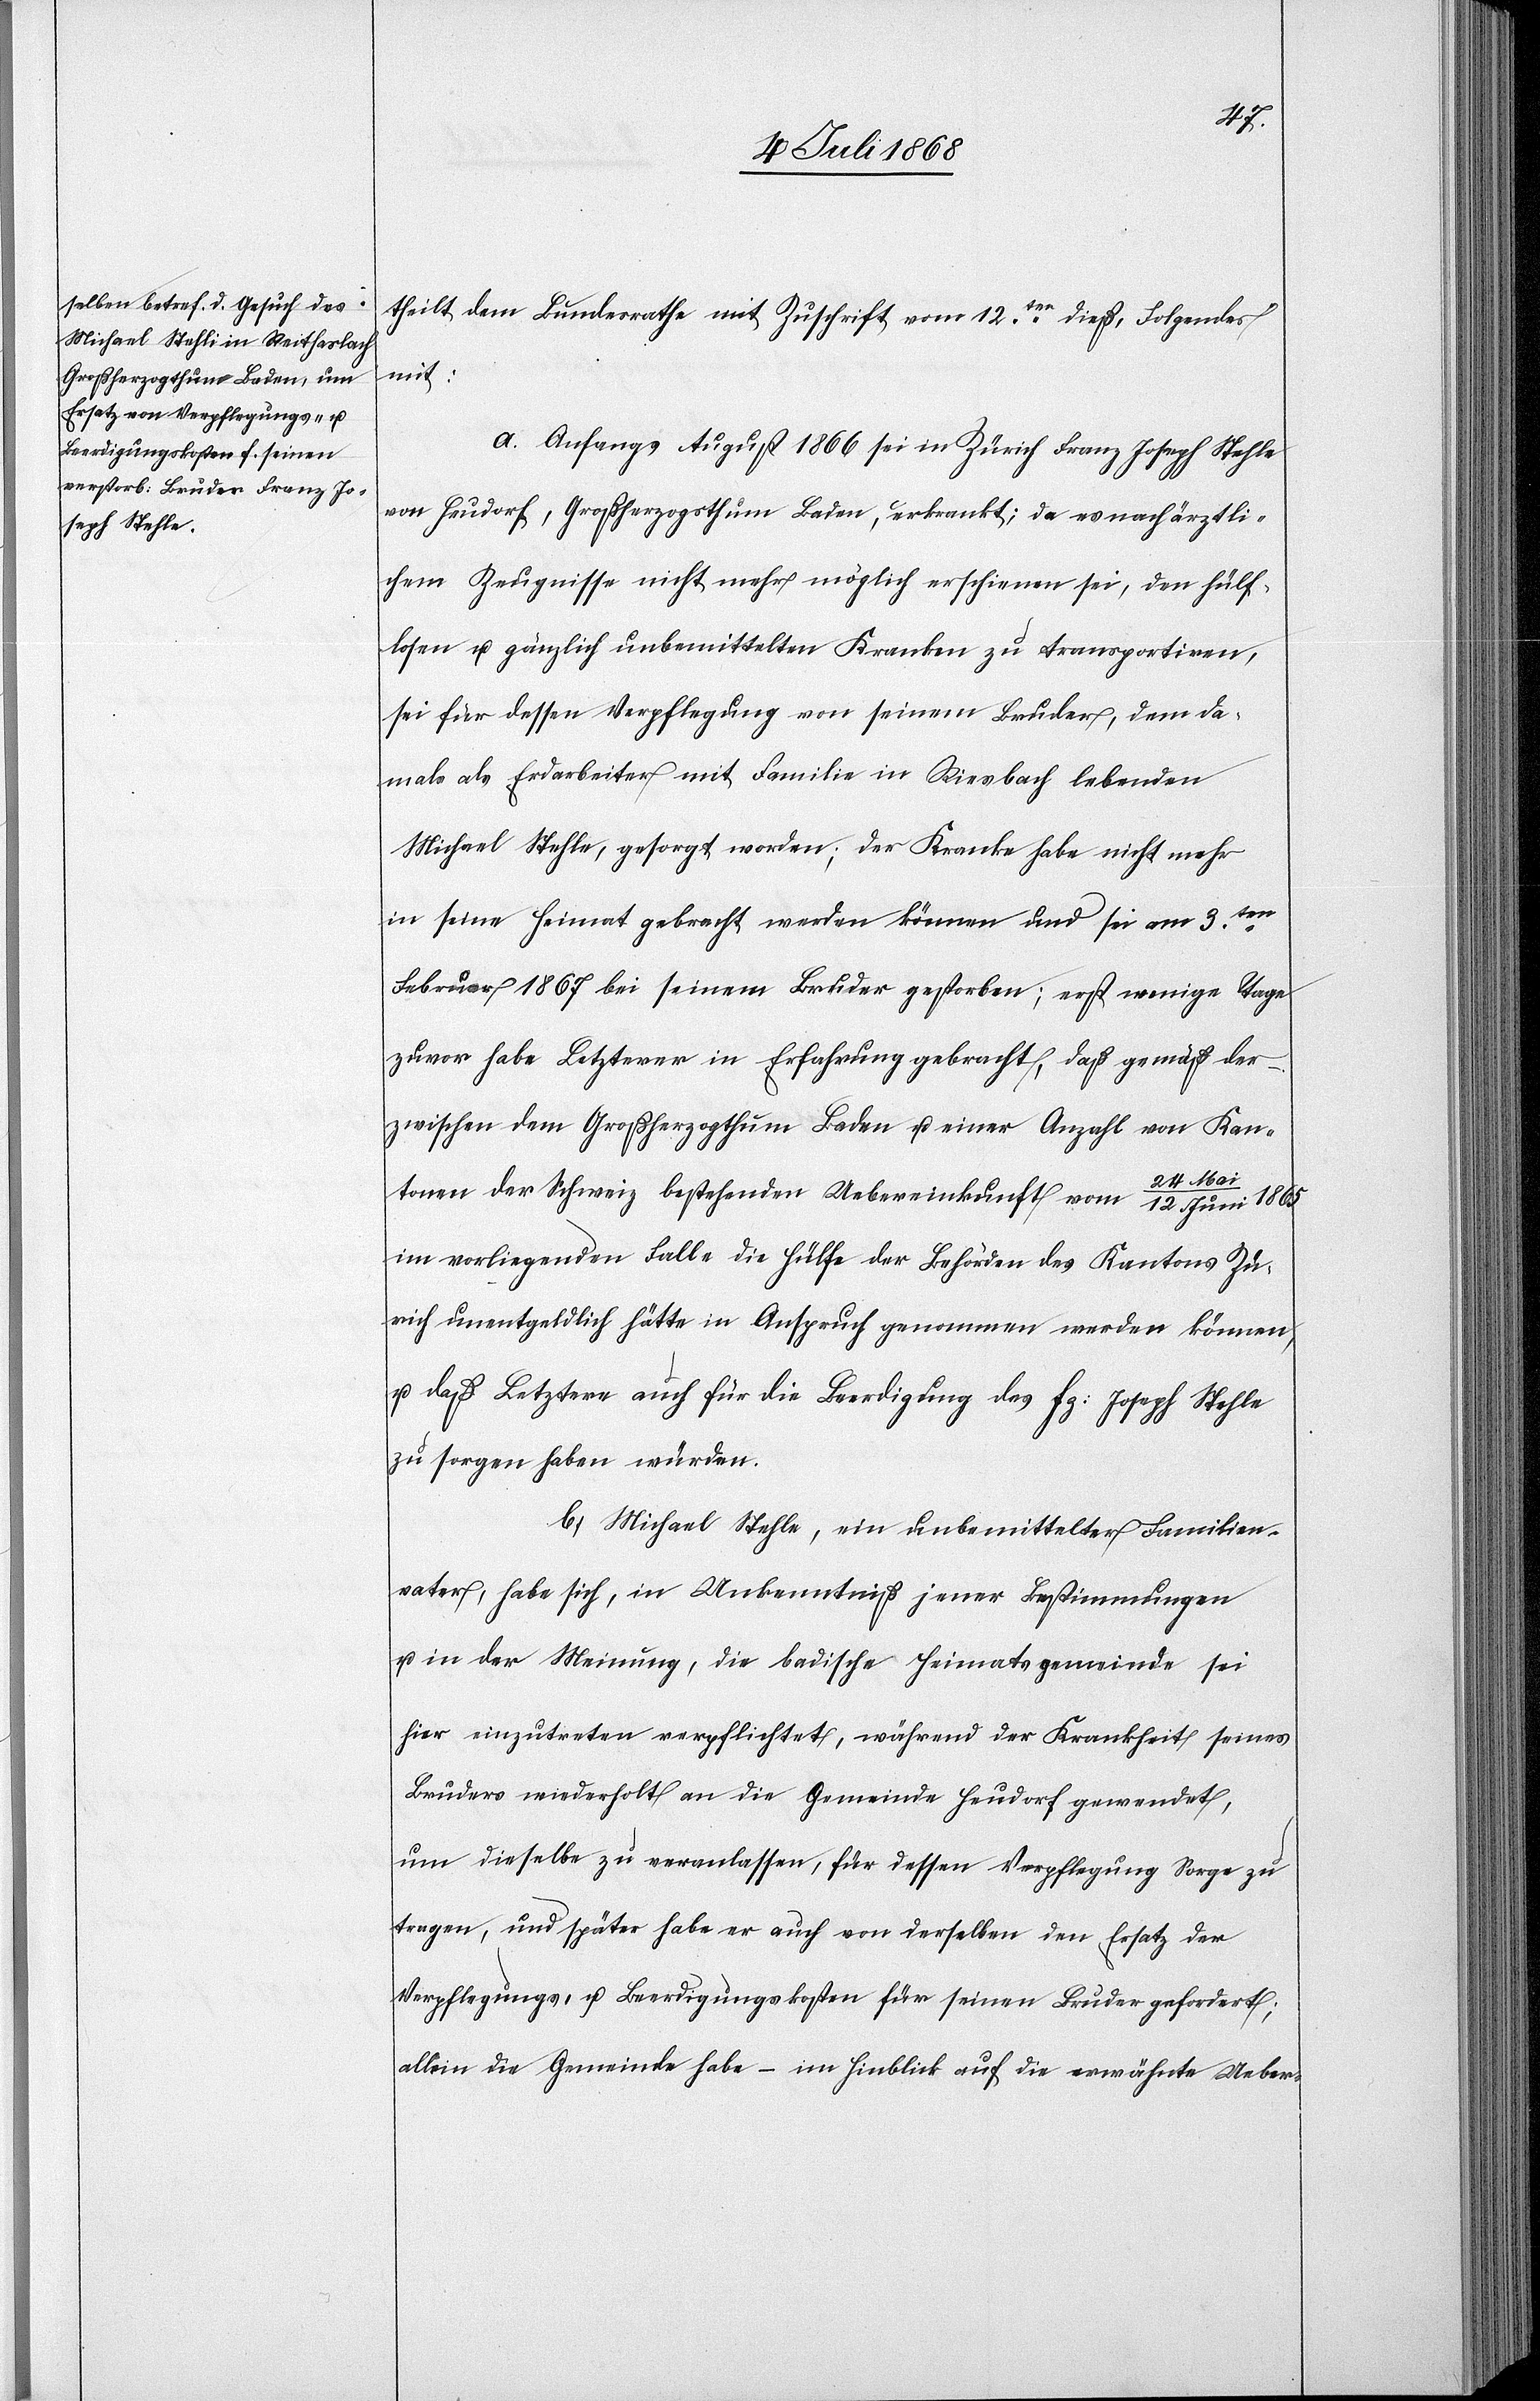
12. Juni 1865
theilt dem Bundesrathe mit Zuschrift vom 12ten. dieß, Folgendes
mit:
a.) Anfangs August 1866 sei in Zürich Franz Joseph Stehle
von Heudorf, Großherzogsthum Baden, erkrankt; da es nach ärztli¬
chem Zeugnisse nicht mehr möglich erschienen sei, den hülf¬
losen u. gänzlich unbemittelten Kranken zu transportiren,
sei für dessen Verpflegung von seinem Bruder, dem da¬
mals als Erdarbeiter mit Familie in Riesbach lebenden
Michael Stehle, gesorgt worden; der Kranke habe nicht mehr
in seine Heimat gebracht werden können und sei am 3ten.
Februar 1867 bei seinem Bruder gestorben; erst wenige Tage
zuvor habe Letzterer in Erfahrung gebracht, daß gemäß der
zwischen dem Großherzogthum Baden u. einer Anzahl von Kan¬
tonen der Schweiz bestehenden Uebereinkunft vom 24 Mai /
im vorliegenden Falle die Hülfe der Behörden des Kantons Zü¬
rich unentgeldlich hätte in Anspruch genommen werden können,
u. daß Letztere auch für die Beerdigung des Fz: Joseph Stehle
zu sorgen haben würden.
b.) Michael Stehle, ein unbemittelter Familien¬
vater, habe sich, in Unkenntniß jener Bestimmungen
u. in der Meinung, die badische Heimatsgemeinde sei
hier einzutreten verpflichtet, während der Krankheit seines
Bruders wiederholt an die Gemeinde Heudorf gewendet,
um dieselbe zu veranlassen, für dessen Verpflegung Sorge zu
tragen, und später habe er auch von derselben den Ersatz der
Verpflegungs- u. Beerdigungskosten für seinen Bruder gefordert;
allein die Gemeinde habe – im Hinblick auf die erwähnte Ueber-